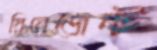
রিয়েজেন্ট